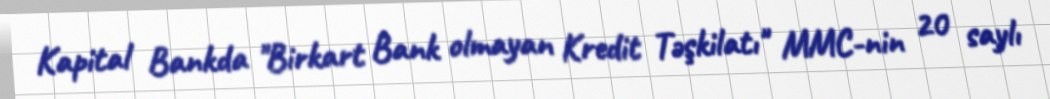
Kapital Bankda "Birkart Bank olmayan Kredit Təşkilatı" MMC-nin 20 saylı